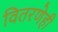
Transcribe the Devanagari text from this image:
वितरणेही